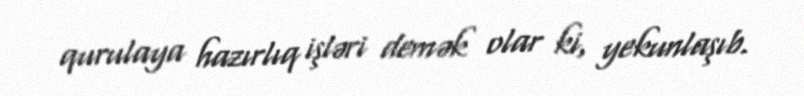
qurulaya hazırlıq işləri demək olar ki, yekunlaşıb.